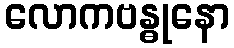
လောကဗန္ဓုနော